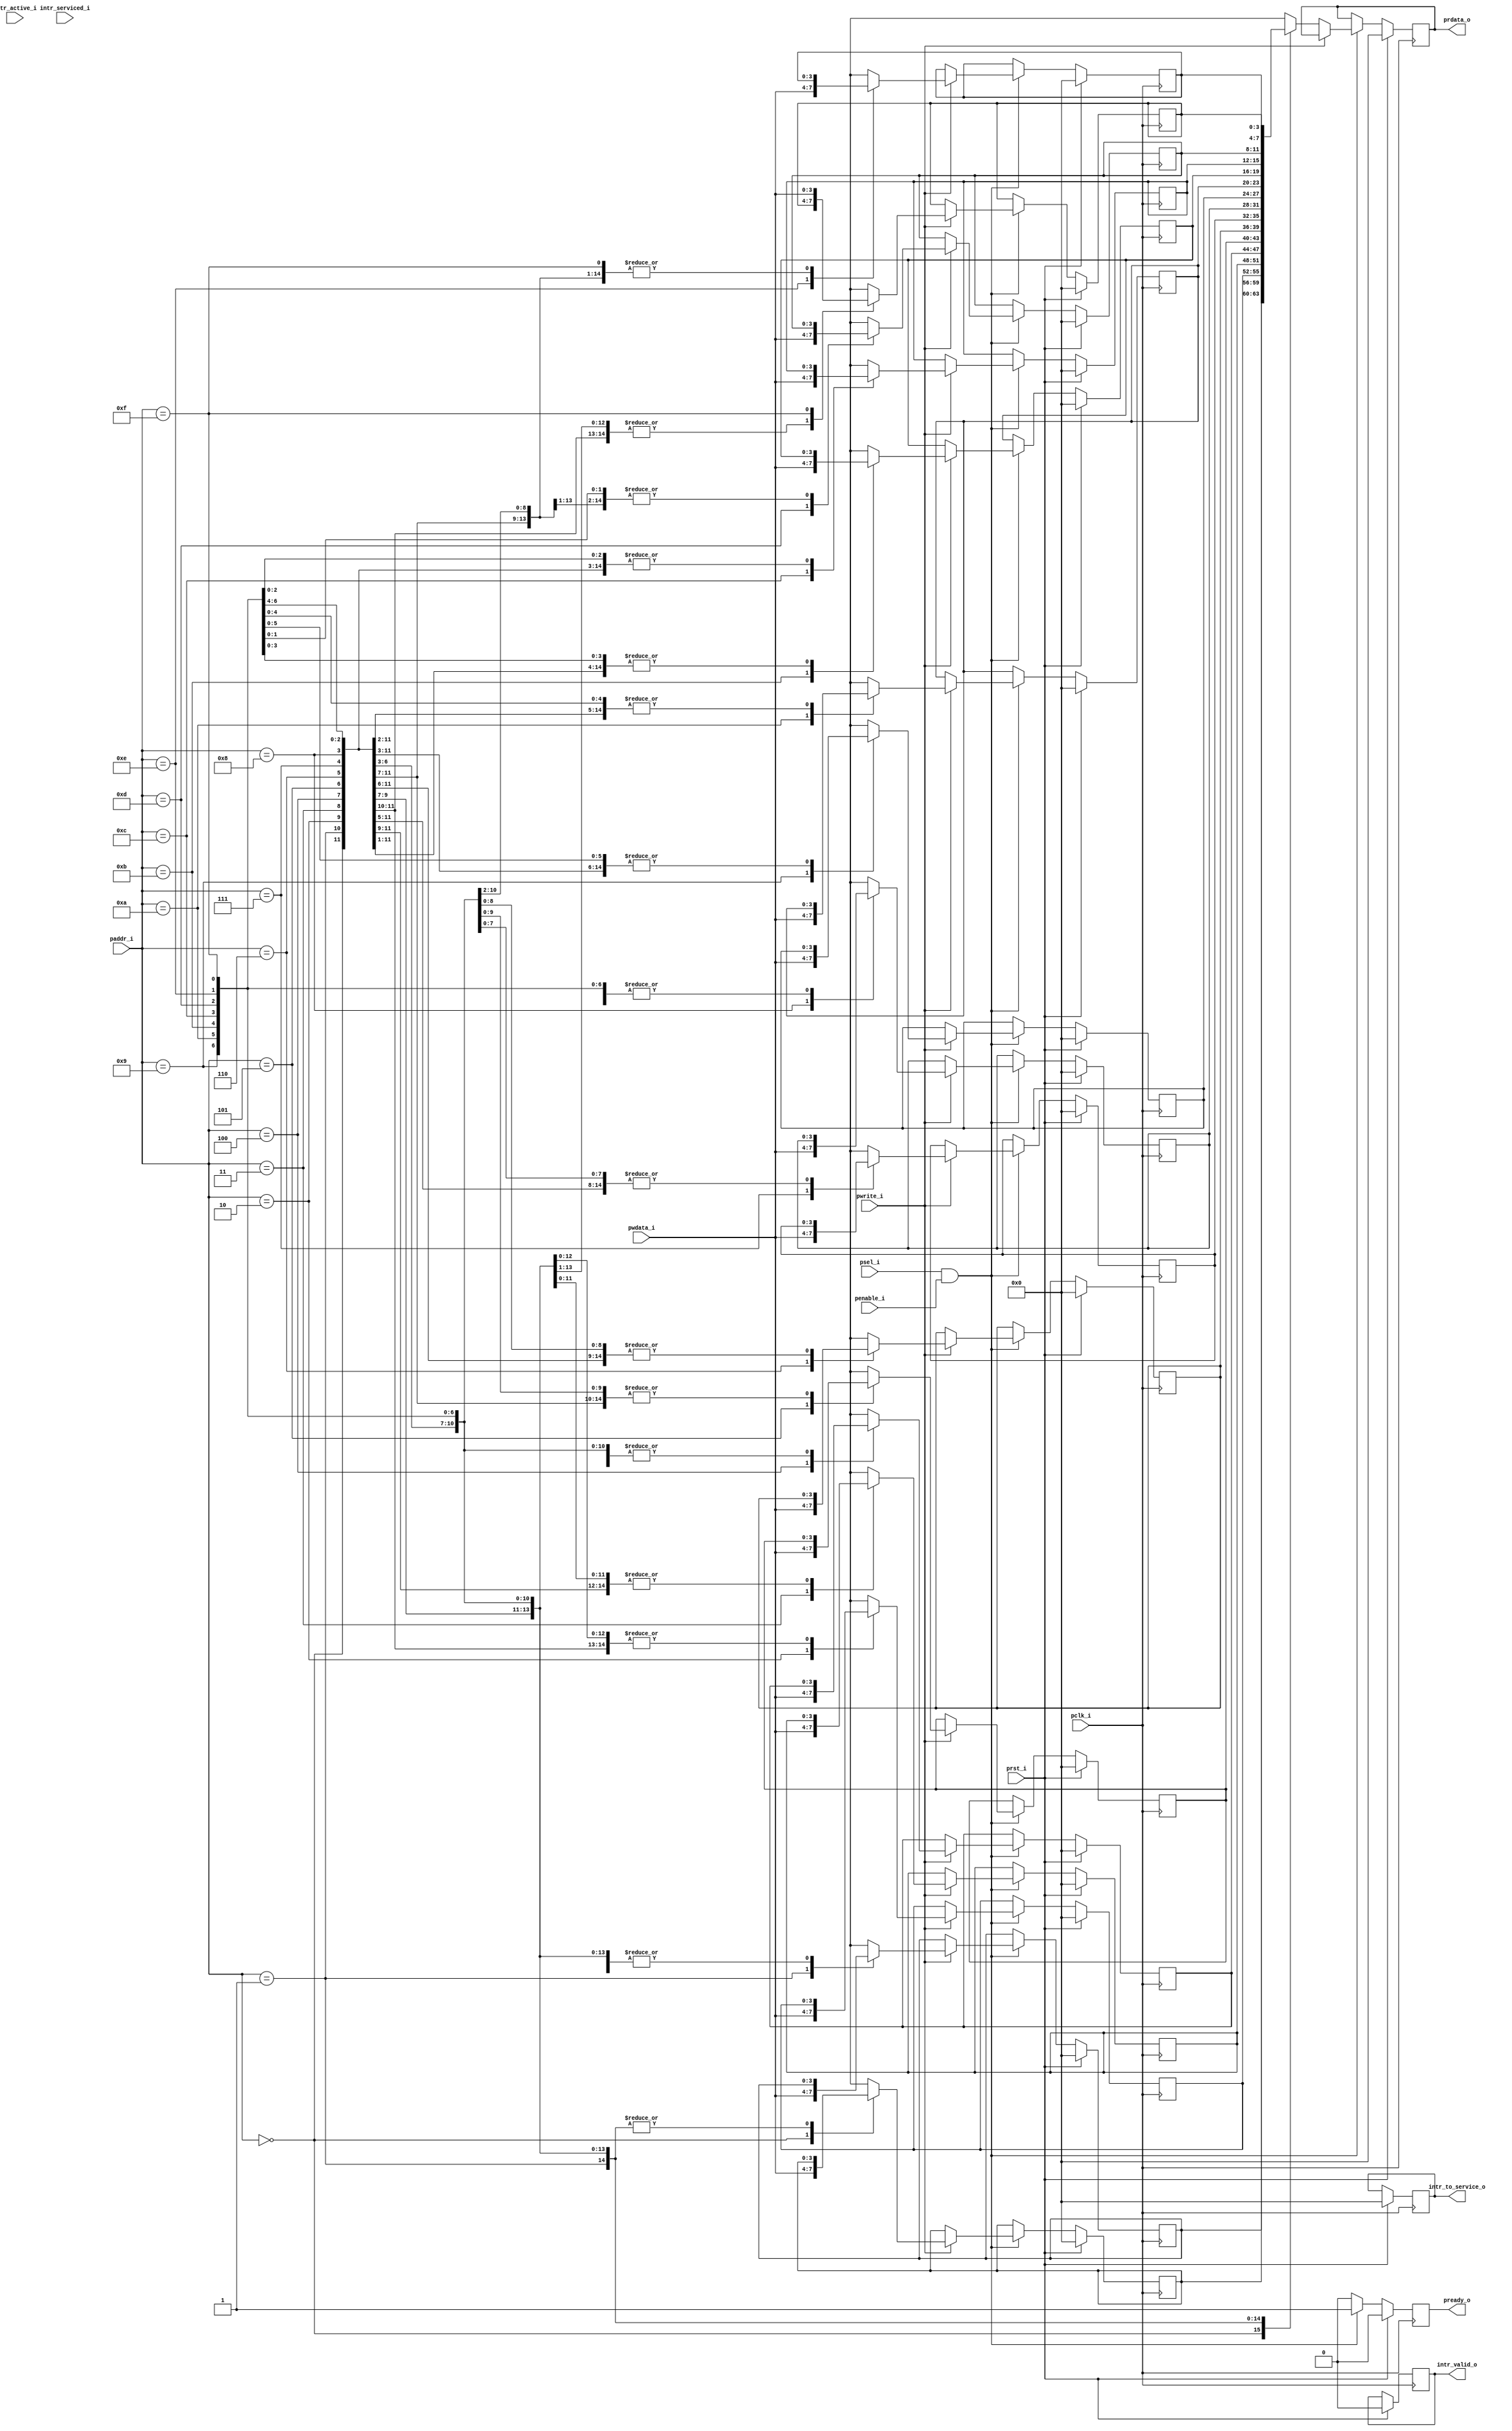
module intr_1(

 //Processor interface

pclk_i, prst_i, paddr_i, pwdata_i, prdata_o, pwrite_i, psel_i, penable_i, pready_o, intr_to_service_o, intr_valid_o, intr_serviced_i,intr_active_i );

 //Peripheral interface 6 intr_active_i

 

 parameter NUM_INTR=16;
 parameter WIDTH=$clog2(NUM_INTR);
 parameter S_NOINTR=3'b000;
parameter S_INTR_ACT=3'b001;
parameter S_WAITING=3'b010;




input pclk_i, prst_i, pwrite_i, psel_i, penable_i;

input [WIDTH-1:0] paddr_i, pwdata_i;

output reg [WIDTH-1:0] prdata_o;

output reg pready_o;

output reg [WIDTH-1:0] intr_to_service_o;

output reg intr_valid_o;

input intr_serviced_i;

input [NUM_INTR-1:0] intr_active_i;

integer i;
//reg [2:0] ns,state;
//integer highest_prio;
//reg [3:0] intr_with_highest_prio;

//registers

reg [3:0] priority_regA [NUM_INTR-1:0];

always @(posedge pclk_i)begin
if(prst_i==1)begin
	prdata_o=0;
	pready_o=0;
	intr_to_service_o=0;
	intr_valid_o=0;
	//state=S_NOINTR;
	//ns=S_NOINTR;
	//intr_with_highest_prio=0;
	//highest_prio=-1;

	for(i=0;i<NUM_INTR;i=i+1) priority_regA[i]=0;
end

else begin
	//pready_o=0;
	if(psel_i==1 && penable_i==1)begin

	pready_o=1;
	if(pwrite_i==1)begin
		priority_regA[paddr_i]=pwdata_i;
	end

	else begin
		prdata_o=priority_regA[paddr_i];


	end
	end

	else begin
		pready_o=0;
	end
end
end



endmodule